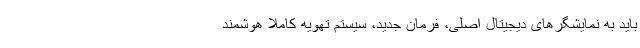
باید به نمایشگرهای دیجیتال اصلی، فرمان جدید، سیستم تهویه کاملا هوشمند